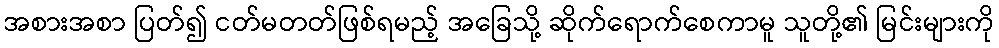
အစားအစာ ပြတ်၍ ငတ်မတတ်ဖြစ်ရမည့် အခြေသို့ ဆိုက်ရောက်စေကာမူ သူတို့၏ မြင်းများကို